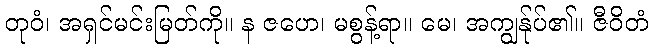
တုဝံ၊ အရှင်မင်းမြတ်ကို။ န ဇဟေ၊ မစွန့်ရာ။ မေ၊ အကျွန်ုပ်၏။ ဇီဝိတံ